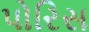
પોરિસ